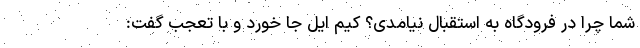
شما چرا در فرودگاه به استقبال نیامدی؟ کیم ایل جا خورد و با تعجب گفت: